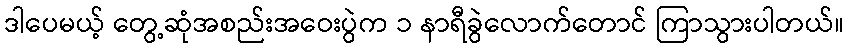
ဒါပေမယ့် တွေ့ဆုံအစည်းအဝေးပွဲက ၁ နာရီခွဲလောက်တောင် ကြာသွားပါတယ်။